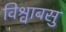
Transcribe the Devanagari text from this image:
विश्वाबसु